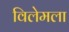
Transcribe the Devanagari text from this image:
विलेमला